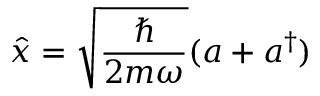
{ \hat { x } } = { \sqrt { \frac { \hbar } { 2 m \omega } } } ( a + a ^ { \dagger } )